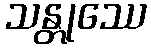
သန္တုဿေ